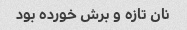
نان تازه و برش خورده بود